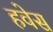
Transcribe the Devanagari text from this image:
हवेस